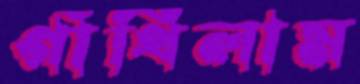
গাঁথিলাম